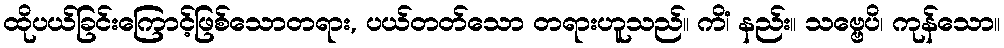
ထိုပယ်ခြင်းကြောင့်ဖြစ်သောတရား, ပယ်တတ်သော တရားဟူသည်။ ကိံ၊ နည်း။ သဗ္ဗေပိ၊ ကုန်သော။